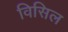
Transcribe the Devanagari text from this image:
विसिल